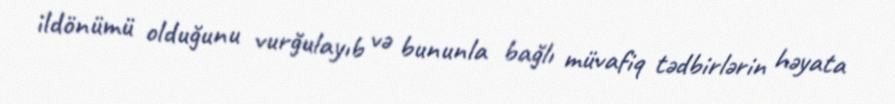
ildönümü olduğunu vurğulayıb və bununla bağlı müvafiq tədbirlərin həyata